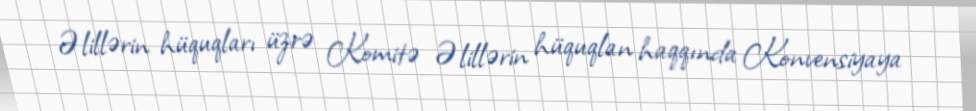
Əlillərin hüquqları üzrə Komitə Əlillərin hüquqlan haqqında Konvensiyaya